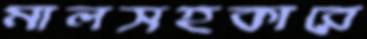
মালসহকারে